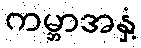
ကမ္ဘာအနှံ့